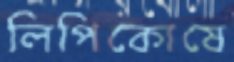
লিপিকোষে